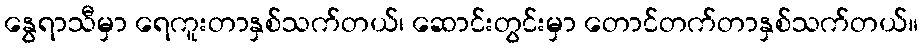
နွေရာသီမှာ ရေကူးတာနှစ်သက်တယ်၊ ဆောင်းတွင်းမှာ တောင်တက်တာနှစ်သက်တယ်။